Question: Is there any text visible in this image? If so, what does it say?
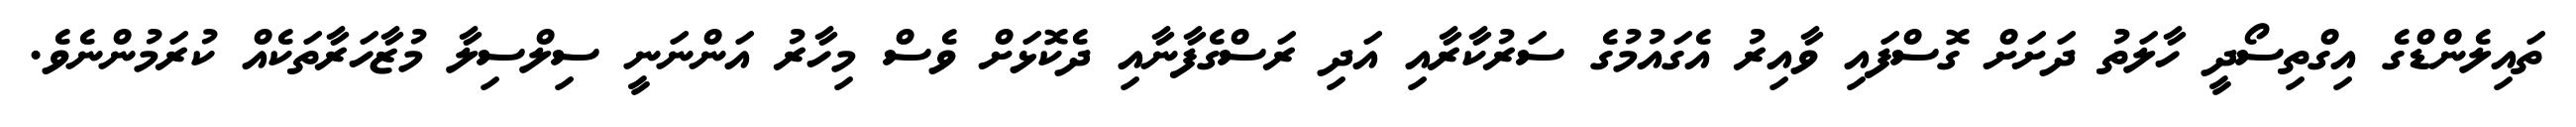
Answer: ތައިލެންޑްގެ އިގްތިސޯދީ ހާލަތު ދަށަށް ގޮސްފައި ވާއިރު އެގައުމުގެ ސަރުކާރާއި އަދި ރަސްގެފާނާއި ދެކޮޅަށް ވެސް މިހާރު އަންނަނީ ސިލްސިލާ މުޒާހަރާތަކެއް ކުރަމުންނެވެ.